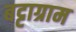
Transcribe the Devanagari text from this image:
बट्टाग्राम